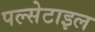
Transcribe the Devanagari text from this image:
पल्सेटाइल